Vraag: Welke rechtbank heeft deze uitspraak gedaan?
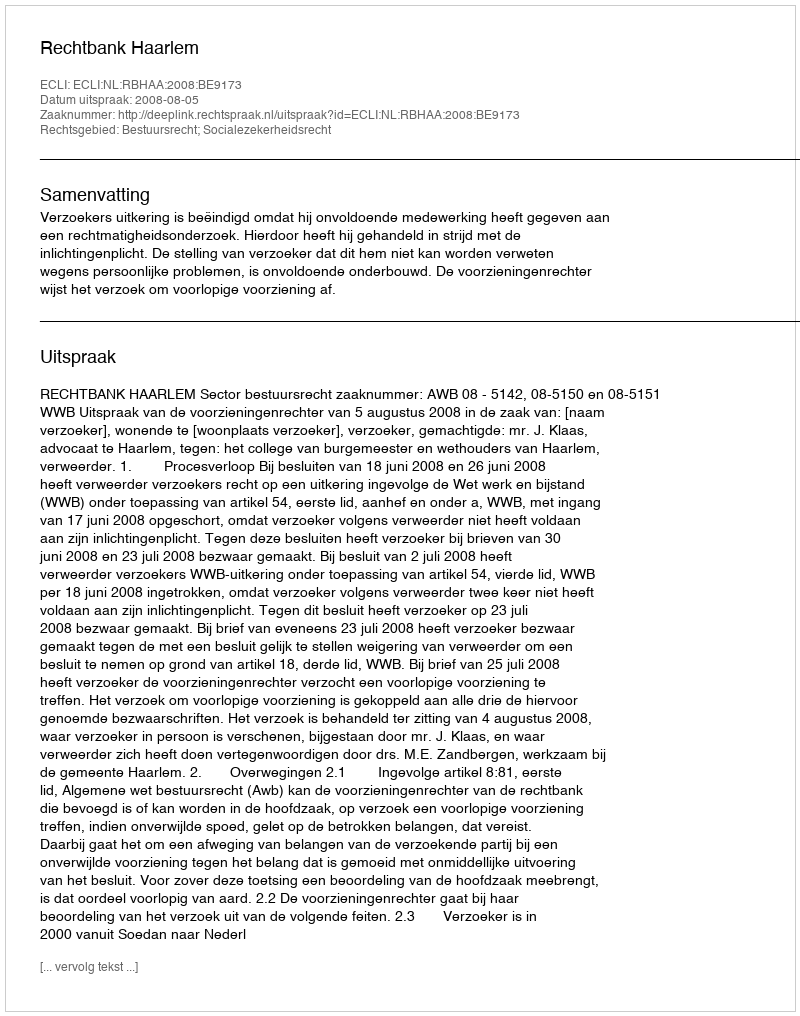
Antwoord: Rechtbank Haarlem